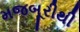
મજબૂરીથી